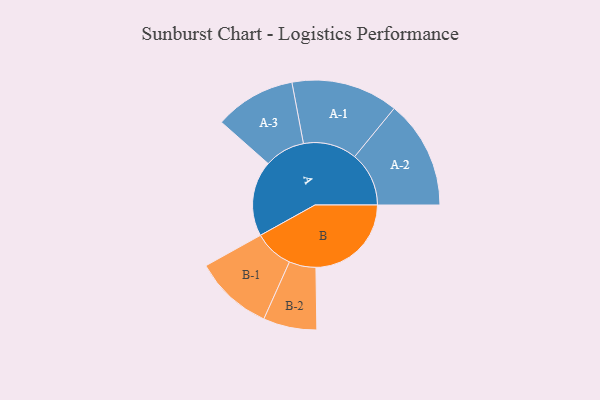
{"axis": {"x": "Segment", "y": "Value"}, "legend": ["", "A", "B"], "data": [{"x": "A", "y": 330, "type": ""}, {"x": "B", "y": 417, "type": ""}, {"x": "A-1", "y": 234, "type": "A"}, {"x": "A-2", "y": 237, "type": "A"}, {"x": "A-3", "y": 177, "type": "A"}, {"x": "B-1", "y": 172, "type": "B"}, {"x": "B-2", "y": 117, "type": "B"}]}